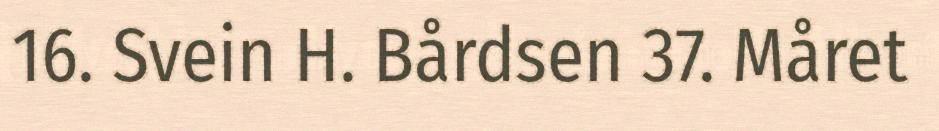
16. Svein H. Bårdsen 37. Måret